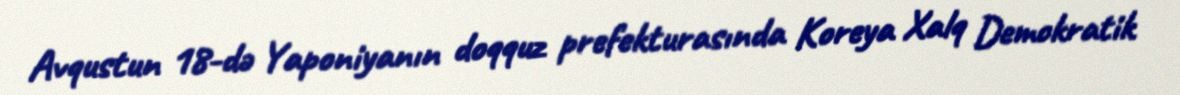
Avqustun 18-də Yaponiyanın doqquz prefekturasında Koreya Xalq Demokratik